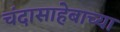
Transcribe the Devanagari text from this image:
चंदासाहेबाच्या